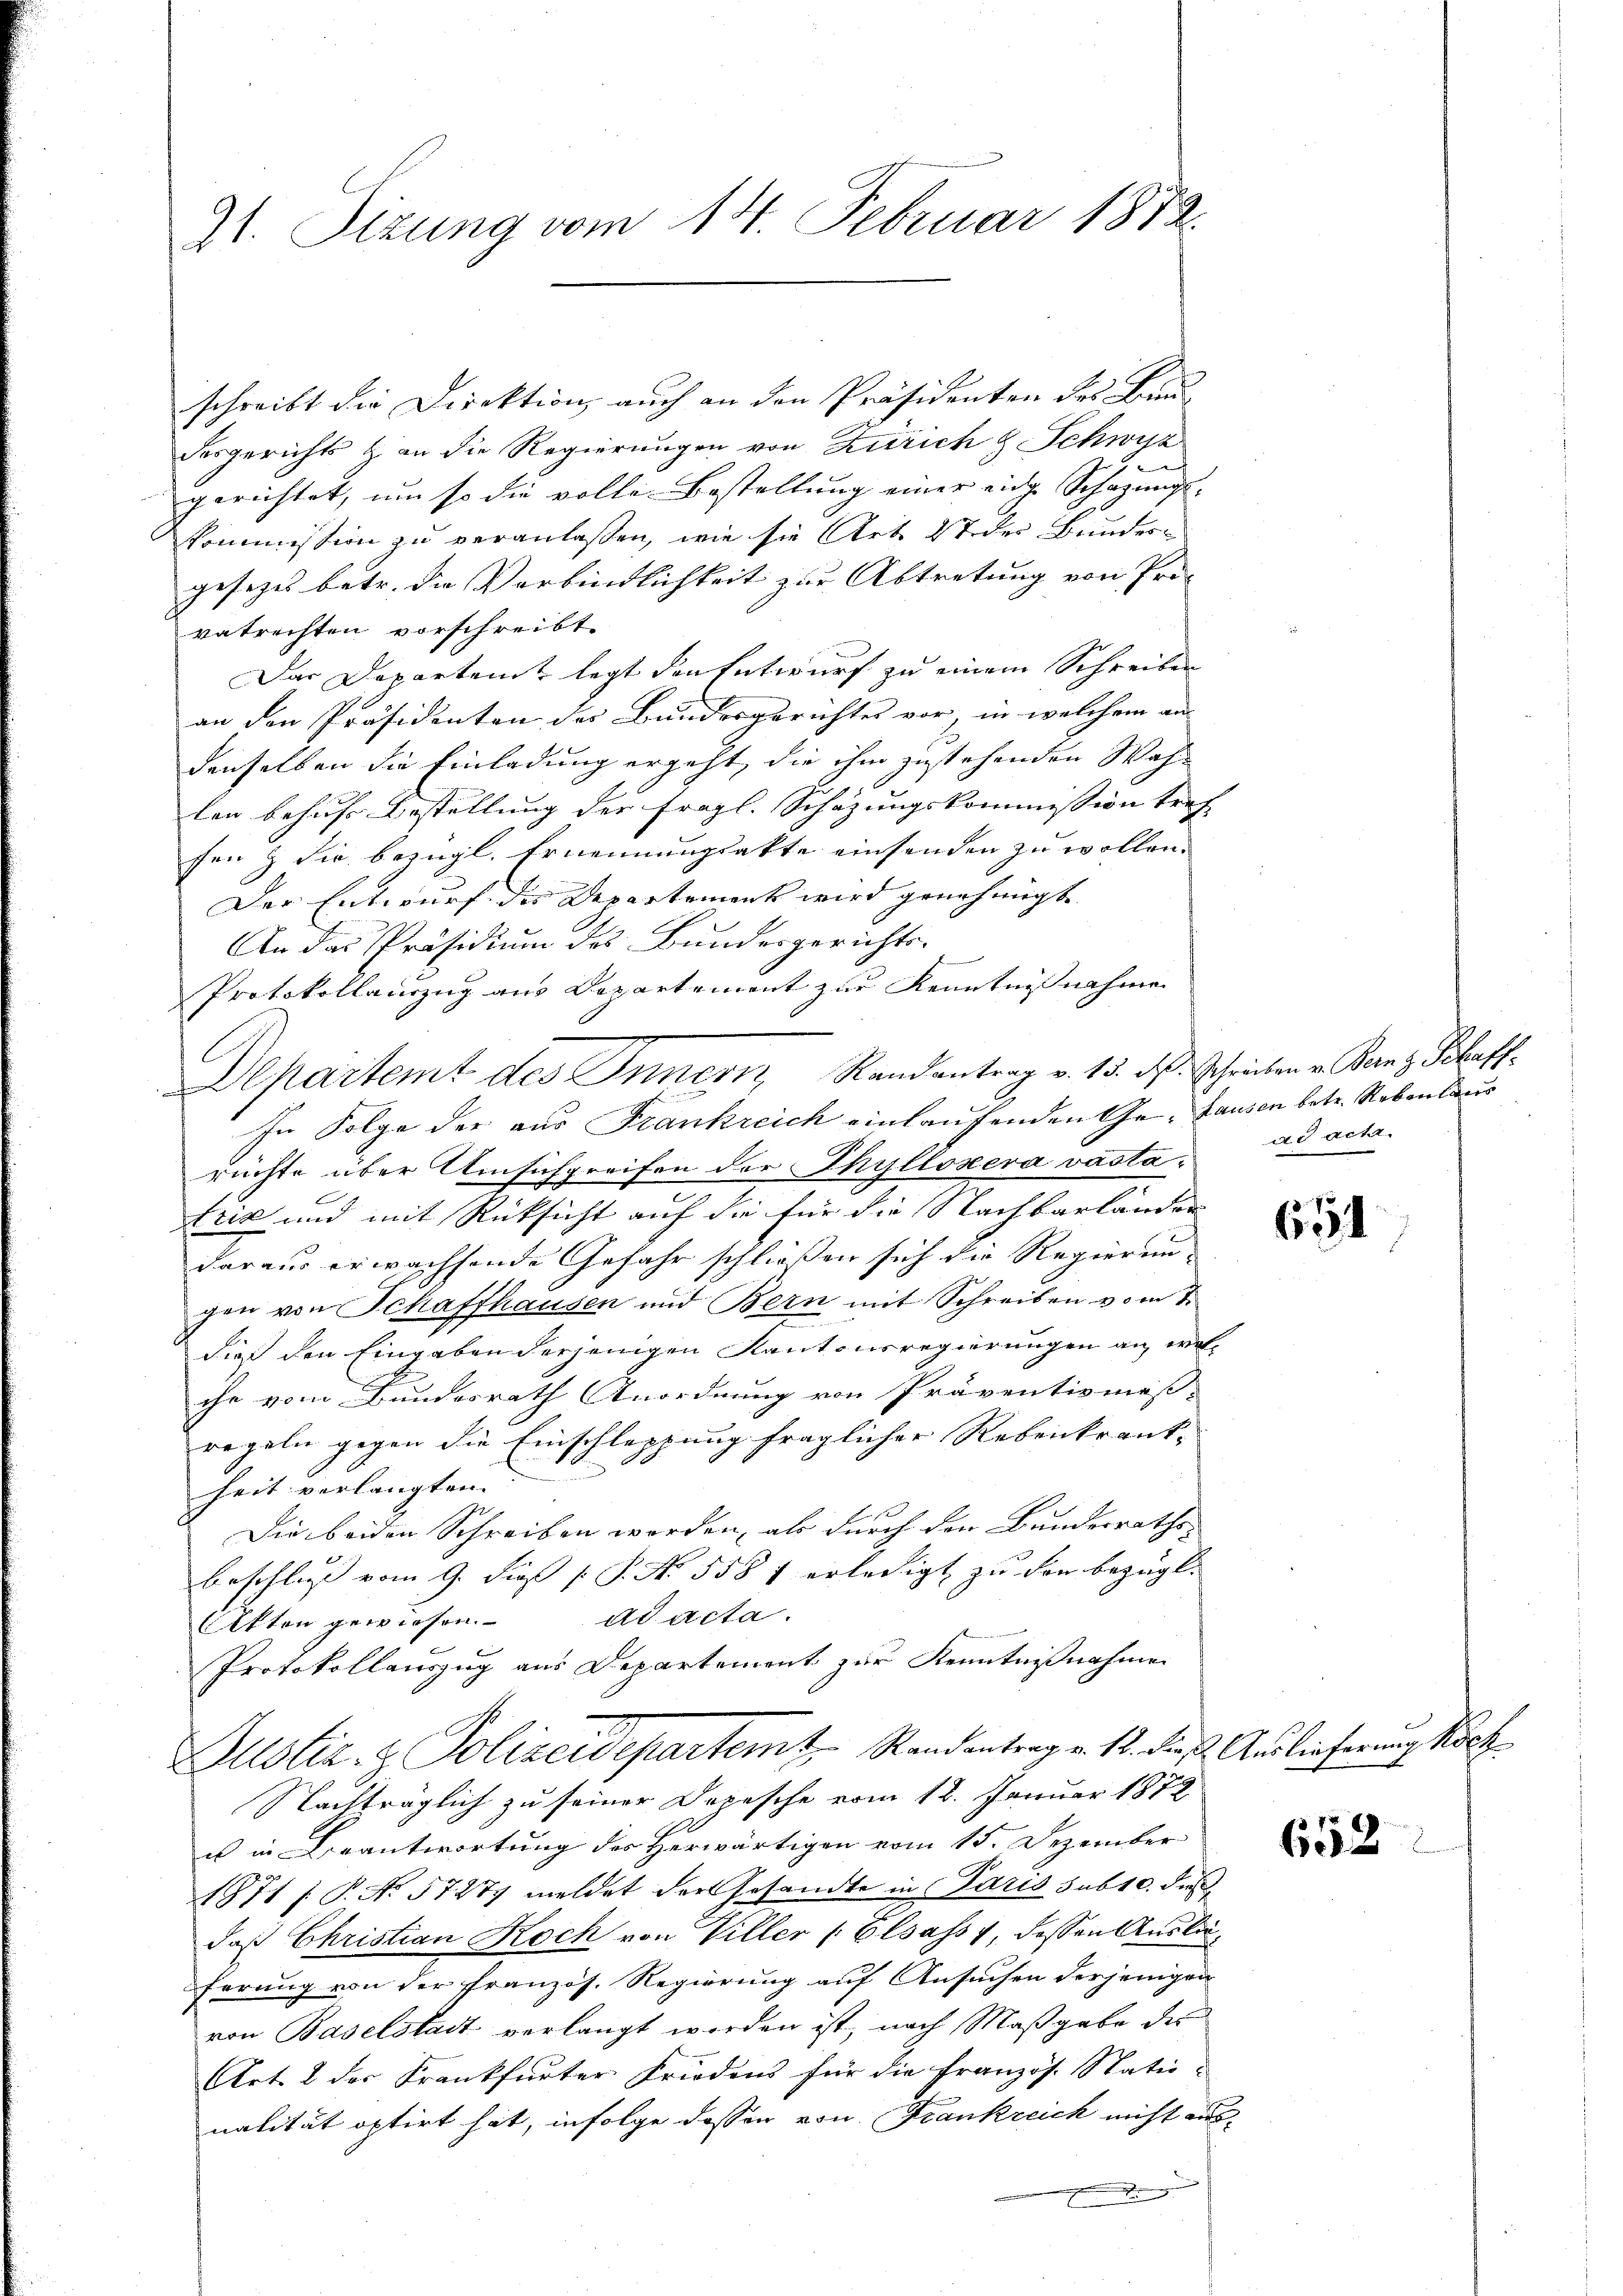
21. Sizung vom 14. Februar 1872.

schreibt die Direktion auch an den Präsidenten des Bundesgerichts & an die Regierungen von Zürich & Schwyz
e
gerichtet, um so die volle Bestellung einer eine Schazungs-
Kommission zu veranlassen, wie sie Art. 27 der Bunder-
gesetzes betr. die Verbindlichkeit zur Abtretung von Pri-
vatrechten vorschreibt.
Das Departent legt den Entwurf zu einem Schreiben
an den Präsidenten der Bundesgerichtes vor, in welchem an
denselben die Einladung ergeht, die ihm zustehenden Wah-
len behufs Bestellung der fragl. Schazungskommission tref
fen & die bezügl. Ernennungsakte einsenden zu wollen.
Der Entwurf der Departement wird genehmigt
An das Präsidium des Bundesgerichts-
Protokollauszug aus Departement zur Kenntnisnahme
Departemt des Innern Randantrag v. 15. d. Schrieben v. Kanz. Schaff
In Folge der aus Frankreich einlaufenden Ge- Hausen betr. Nebenlaus
rüchte über Umsichgreifen der Phyllosera vastatrix und mit Rücksicht auf die für die Nachbarländer
daraus erwachsende Gefahr schließen sich die Regierun-
gen von Schaffhausen und Bern mit Schreiben vom 7.
dieß den Eingaben derjenigen Kantonsregierungen an, welche vom Bundesrath Anordnung von Präventismes-
regeln gegen die Einschleppung fraglicher Rebenkrank-
heit verlangten
Die beiden Schreiben worden, als durch den Bundesraths-
beschluß vom 9. dieß P. Nr. 5587 erledigt zu von bezügl.
Akten gewiesen. ad acta.
Protokollauszug aus Departement zur Kenntnißnahmen
Justiz- & Polizeidepartemt Randantrag v. 12. dieß. Auslieferung koch
Nachträglich zu seiner Depesche vom 18. Januar 1872
us in Beantwortung des Herwärtigen vom 15. Dezember
1871 f. P. N. 57277 meldet der Gesandte in Paris sub 10. dieß
daß Christian Koch von Viller Elsass, dessen Auslaferung von der Französ. Regierung auf Ansuchen derjenigen
von Baselstadt verlangt werden ist, nach Maßgabe des
Art. 2 der Krankfurter Friedens für die Französ. Statio-
nalität optirt hat, infolge dessen von Frankreich nicht aus¬

ad acta.

631

652